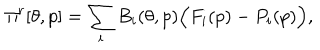
\Pi ^ { r } [ \theta , p ] = \sum _ { i } B _ { i } ( \theta , p ) \Big ( F _ { i } ( p ) - P _ { i } ( p ) \Big ) ,